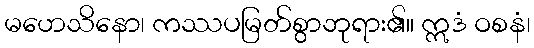
မဟေသိနော၊ ကဿပမြတ်စွာဘုရား၏။ ဣဒံ ဝစနံ၊